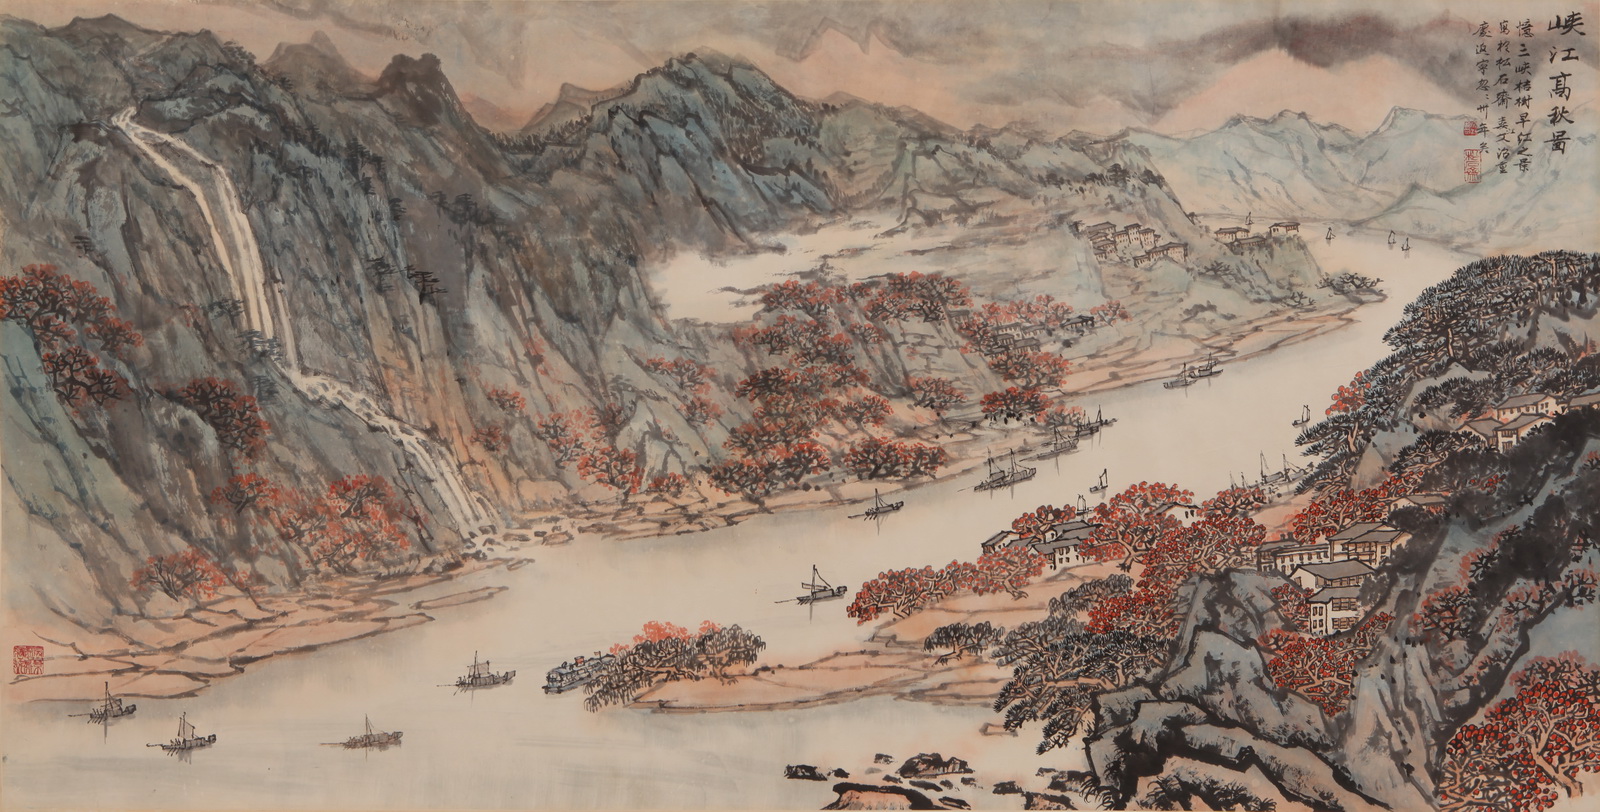
醉别江楼橘柚香，江风引雨入舟凉。